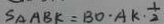
S _ { \Delta A B K } = B O \cdot A K \cdot \frac { 1 } { 2 }